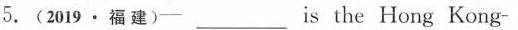
5.(2019·福建)- ___ is the Hong Kong- Zhuhai-Macao Bridge? -55 kilometers. A. How long B.How high C. How wide